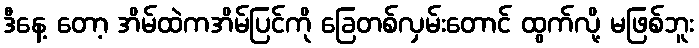
ဒီနေ့ တော့ အိမ်ထဲကအိမ်ပြင်ကို ခြေတစ်လှမ်းတောင် ထွက်လို့ မဖြစ်ဘူး